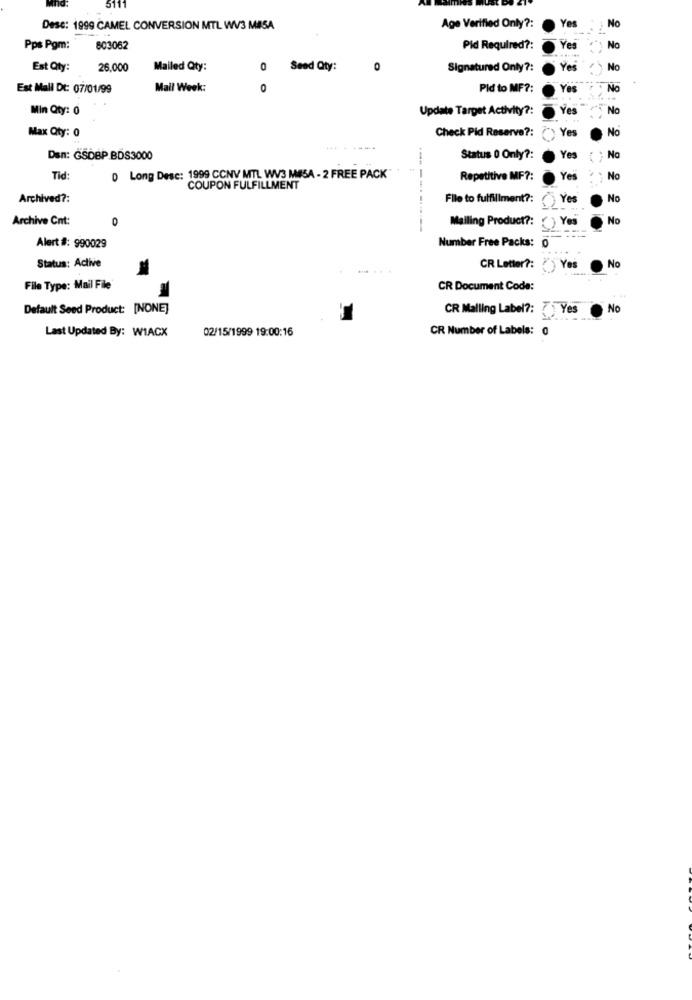
No
Desc: 1999 CAMEL CONVERSION MTL WV3 MISA
Age Verified Only ?:
Yes
Pps Pgm:
803062
Pid Required ?:
Yes
No
Est Qty:
26,000
Mailed Qty:
0
Seed Qty:
0
Signatured Only ?:
Yes
Nc
Est Mall Dt: 07/01/99
Mail Week:
0
Pld to MF ?:
Yes
No
Min Qty: 0
Update Target Activity ?:
Yes
No
Max Qty: 0
Check Pid Reserve ?:
Yes
No
Den: GSDBP BDS3000
Status 0 Only ?:
Yes
No
Tid:
0 Long Desc: 1999 CCNV MTL WV3 MESA - 2 FREE PACK
Repetitive MF ?:
Yes
No
COUPON FULFILLMENT
Archived ?:
File to fulfillment ?:
Yes
No
Archive Cnt:
0
Mailing Product ?:
Yes
No
-
Alert #: 990029
Number Free Packs: 0
Status: Active
CR Letter ?:
Yes
No
File Type: Mail File
CR Document Code:
Default Seed Product: [NONE]
CR Malling Label ?: Yes
No
Last Updated By: WIACX
02/15/1999 19:00:16
CR Number of Labels: 0